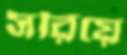
সরিয়ে